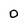
Character: 0